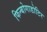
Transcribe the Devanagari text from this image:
फिन्बोगाडोटिर